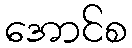
အောင်စ